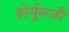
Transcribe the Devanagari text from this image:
होर्मूसजी